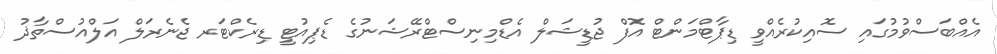
އެއްބަސްވުމުގައި ސޮއިކުރެއްވީ ޑިޕާޓްމަންޓް އޮފް ޖުޑީޝަލް އެޑްމިނިސްޓްރޭޝަނުގެ ޑެޕިއުޓީ ޑިރެކްޓަރ ޖެނެރަލް އަލްއުސްތާޛު